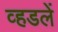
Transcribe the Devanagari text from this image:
व्हडलें